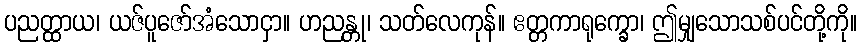
ပညတ္ထာယ၊ ယဇ်ပူဇော်အံသောငှာ။ ဟညန္တု၊ သတ်လေကုန်။ ဧတ္တကာရုက္ခော၊ ဤမျှသောသစ်ပင်တို့ကို။